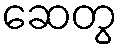
ဆေတွ